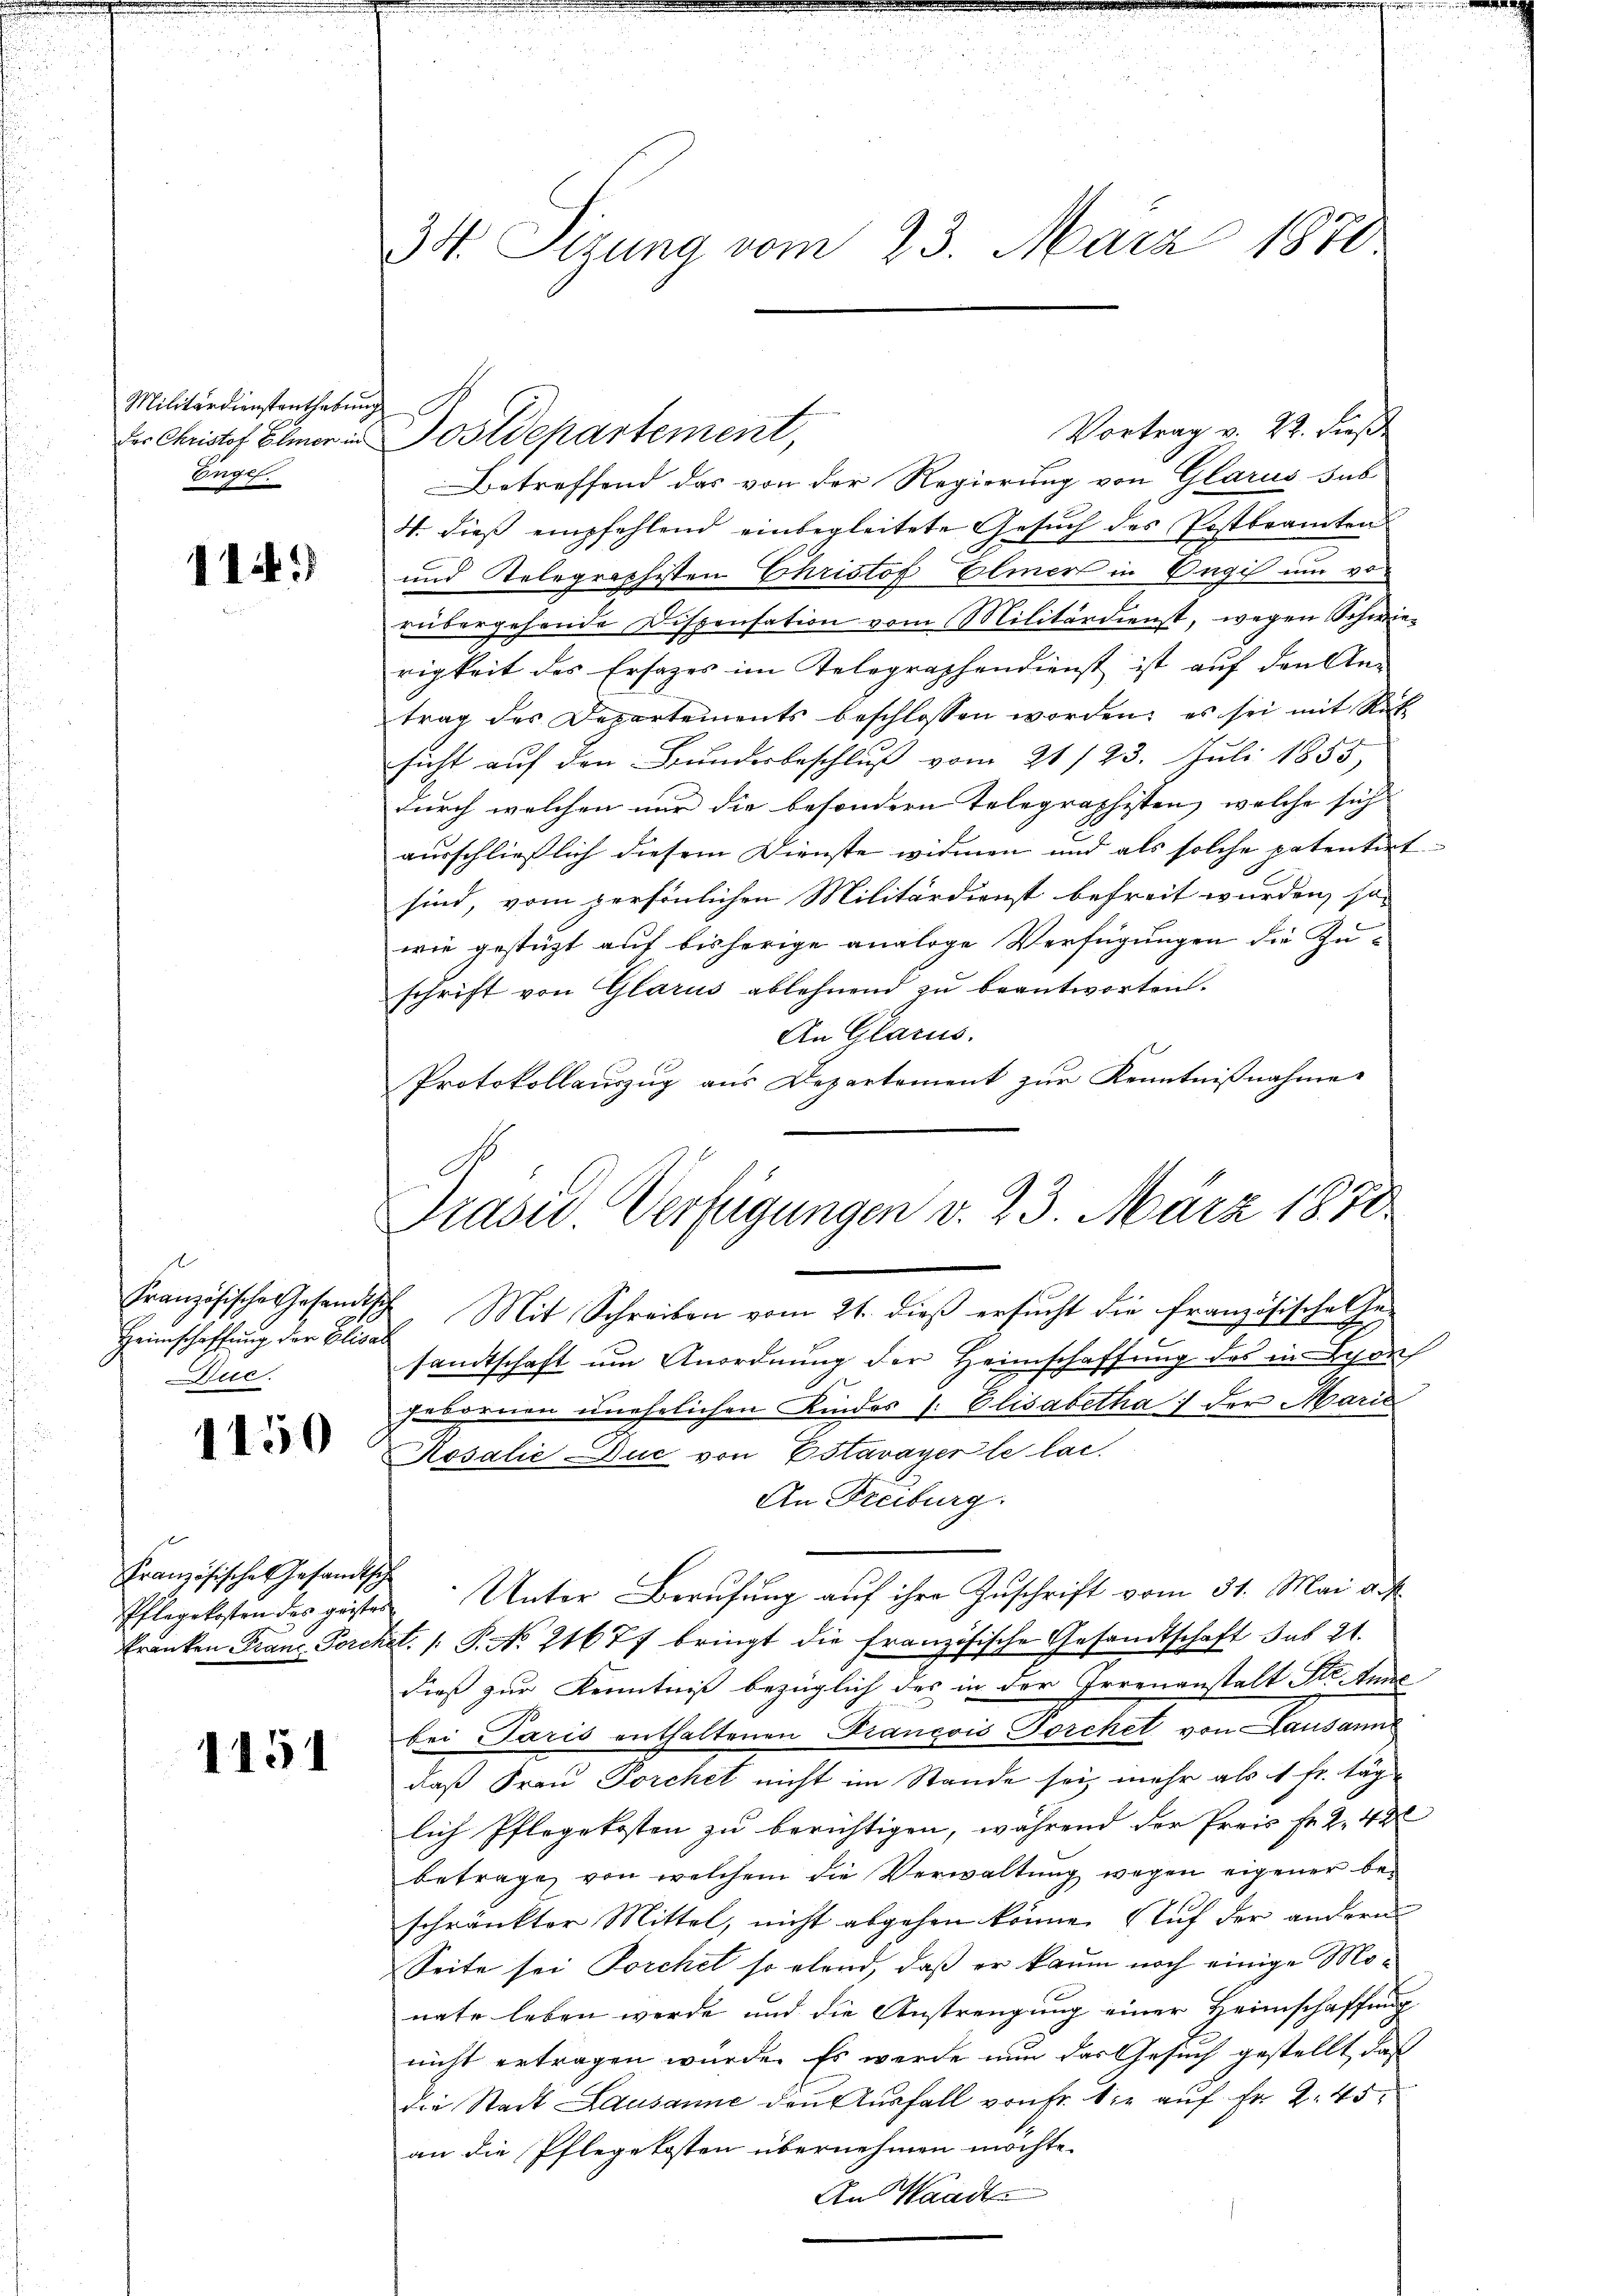
Militärdienstenthebung
Engel.

11.

Heimschaffung der Elisa
uc.

1150

Französisches Gesandtsch

1151

34. Sizung vom 23. März 1870

Der Christof Elmer in Postdepartement,

Betreffend das von der Regierung von Glarus sub
4. dieß empfehlend einbegleitete Gesuch des Postbranten
und Telegraphisten Christof Elmert in Unges und vor
rübergehende Dispensation vom Militärdienst, wegen Schwierigkeit des Ersatzes im Telegraphendienst ist auf den An-
trag des Departements beschlossen worden; es sei mit Rüt
sicht aŭf den Bŭndesbeschlŭβ vom 21/23. Juli 1855,
durch welchen nur die besondern Telegraphisten, welche sich |
ausschließlich diesem Dienste widmen und als solche patentirt
sind, vom persönlichen Militärdienst befreit wurden, so
wie gestützt auf bisherige analoge Verfügungen die Zu-
schrift von Glarus ablehnend zu beantworten.
An Glarus.
Protokollauszug aus Departement zur Kenntnißnahme.
Französische Gesandtische Mit Schreiben vom 21. dieß ersucht die französische Gesandtschaft um Anordnung der Heimschaffung des in Lyon
gebornen unehelichen Kindes s. Elisabetha, der Marie
Rosalić Duc von Estavayer le lac
An Freiburg.
Pflegekosten des geister Unter Berŭfŭng aŭf ihre Zŭschrift vom 31. Mai a.
Fränken Franz Porchet. 1. P. No. 21677 bringt die französische Gesandtschaft sub 21.
dieß zur Kenntniß bezüglich des in der Irrenanstalt Str. tene
bei Paris enthaltenen Francois Dorchet von Lausann
daß Frau Porchet nicht im Stande sei, mehr als 1 fr. täglich Pflegekosten zu berichtigen, während der Preis Fr. 2. 42
betrage, von welchem die Verwaltung wegen eigener beschränkter Mittel, nicht abgehen könne. Auf der andern
Seite sei Porchet so elend, daß er kaum noch einige Monate leben werde und die Anstrengung einer Heimschaffung
nicht ertragen würde. Es werde nun das Gesuch gestellt, daß
die Stadt Lausanne den Aŭsfall von Fr. Sie auf Fr. 2. 45
an die Pflegekosten übernehmen möchte.
An Waadt

Vortrag v. 22. dieß

Präsid. Verfügungen v. 23. März 1870